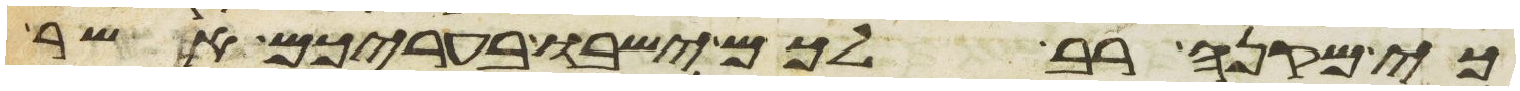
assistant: כי מקנה רב לכם ישבו בעריכם אשר